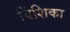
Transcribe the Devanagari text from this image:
विंशिका